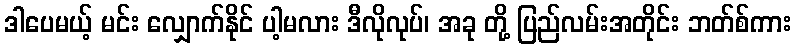
ဒါပေမယ့် မင်း လျှောက်နိုင် ပါ့မလား ဒီလိုလုပ်၊ အခု တို့ ပြည်လမ်းအတိုင်း ဘတ်စ်ကား